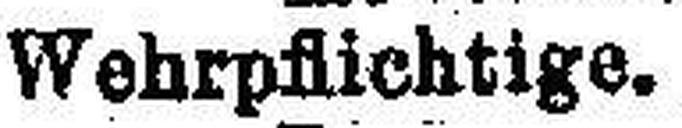
Wehrpflichtige.